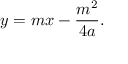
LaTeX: y = m x - { \frac { m ^ { 2 } } { 4 a } } .